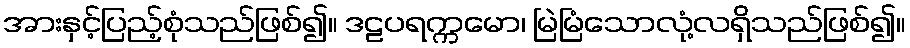
အားနှင့်ပြည့်စုံသည်ဖြစ်၍။ ဒဠပရက္ကမော၊ မြဲမြံသောလုံ့လရှိသည်ဖြစ်၍။